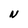
Character: N